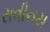
સવીનય